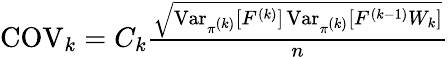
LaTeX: \begin{array}{r}{\operatorname{COV}_{k}=C_{k}\frac{\sqrt{\operatorname{Var}_{\pi^{(k)}}[F^{(k)}]\operatorname{Var}_{\pi^{(k)}}[F^{(k-1)}W_{k}]}}{n}}\end{array}